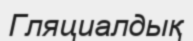
Гляциалдық